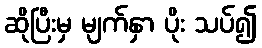
ဆိုပြီးမှ မျက်နှာ ပိုး သပ်၍